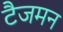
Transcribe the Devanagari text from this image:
टैजमन